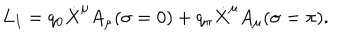
L _ { I } = q _ { 0 } \dot { X } ^ { \mu } A _ { \mu } ( \sigma = 0 ) + q _ { \pi } \dot { X } ^ { \mu } A _ { \mu } ( \sigma = \pi ) .